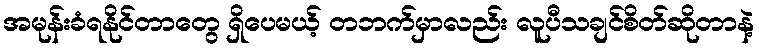
အမုန်းခံရနိုင်တာတွေ ရှိပေမယ့် တဘက်မှာလည်း လူပီသချင်စိတ်ဆိုတာနဲ့